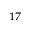
^ { 1 7 }